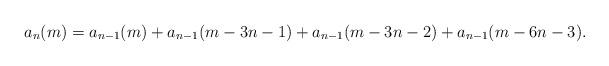
LaTeX: \begin{align*}a_n(m)=a_{n-1}(m)+a_{n-1}(m-3n-1)+a_{n-1}(m-3n-2)+a_{n-1}(m-6n-3).\end{align*}